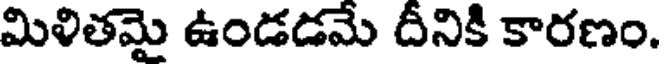
మిళితమై ఉండడమే దీనికి కారణం.